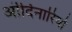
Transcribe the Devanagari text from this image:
ऒर्दिनारियो